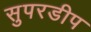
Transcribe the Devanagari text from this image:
सुपरडीप